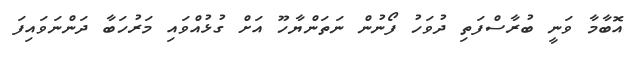
އޮބާމާ ވަނީ ބުރާސްފަތި ދުވަހު ފޯނުން ނަތަންޔާހޫ އަށް ގުޅުއްވައި މަރުހަބާ ދަންނަވައިފަ